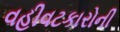
વહીવટકારોની